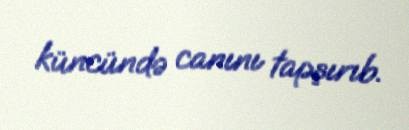
küncündə canını tapşırıb.